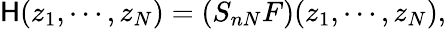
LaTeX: \mathsf{H}(z_{1},\cdots,z_{N})=(S_{nN}F)(z_{1},\cdots,z_{N}),